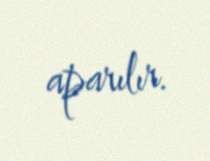
aparılır.